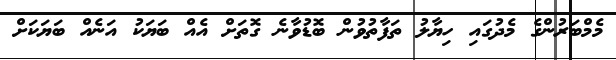
މެމްބަރުންގެ މެދުގައި ހިޔާލު ތަފާތުވުން ބޮޑުވާނެ ގޮތަށް އެއް ބަޔަކު އަނެއް ބަޔަކަށް